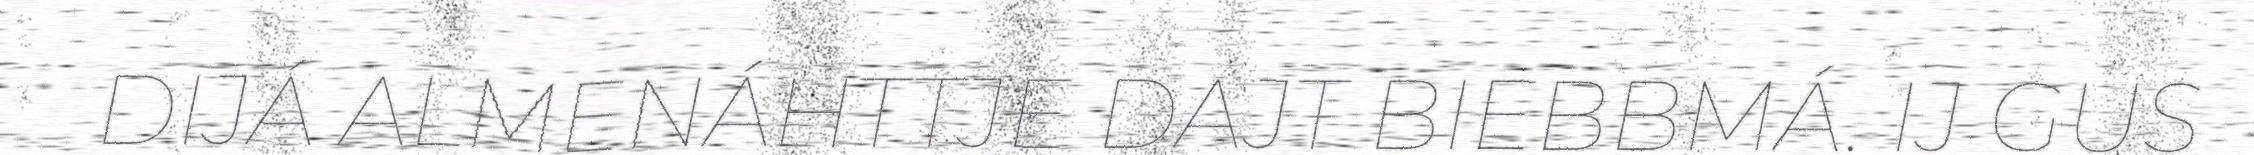
DIJÁ ALMENÁHTTJE DAJT BIEBBMÁ. IJ GUS